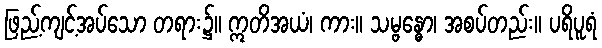
ဖြည့်ကျင့်အပ်သော တရား၌။ ဣတိအယံ၊ ကား။ သမ္ဗန္ဓော၊ အစပ်တည်း။ ပရိပူရံ